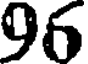
96